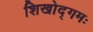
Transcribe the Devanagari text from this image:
शिखोद्गमः